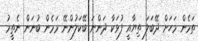
ތަމެން މަހަށް ދޭބަލަ ތިޔާއީ ފުޅަކާ ދަންނަ ބޭކަލުންނޭ މަމެން ބުނަން ނެތީމު